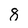
Character: 8